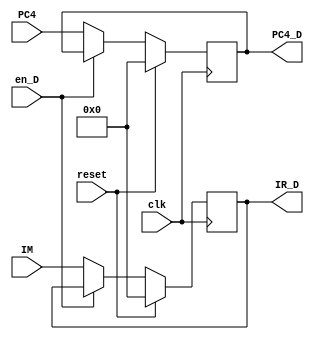
`timescale 1ns / 1ps
//////////////////////////////////////////////////////////////////////////////////
// Company: 
// Engineer: 
// 
// Design Name: 
// Module Name:    reg_IF_to_ID 
// Project Name: 
// Target Devices: 
// Tool versions: 
// Description: 
//
// Dependencies: 
//
// Revision: 
// Revision 0.01 - File Created
// Additional Comments: 
//
//////////////////////////////////////////////////////////////////////////////////
module Dreg_IF_ID(
    input [31:0] IM,
    input [31:0] PC4,
	 input clk,
	 input en_D,
	 input reset,
    output reg [31:0] IR_D,
    output reg [31:0] PC4_D
    );
	initial begin
		IR_D<=0;
		PC4_D<=0;
	end
	always @(posedge clk)begin
		if (reset) begin
			IR_D<=0;
			PC4_D<=0;			
		end
		else if (!en_D)begin
			IR_D<=IM;
			PC4_D<=PC4;
		end
	end

endmodule